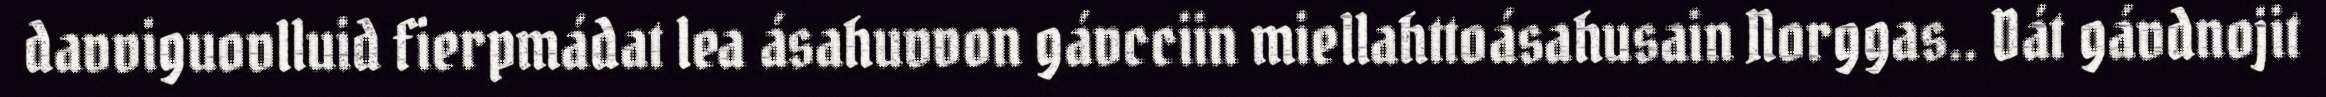
davviguovlluid fierpmádat lea ásahuvvon gávcciin miellahttoásahusain Norggas.. Dát gávdnojit